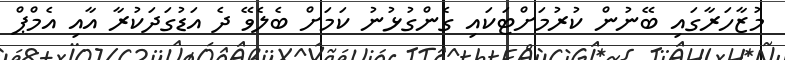
މުޒާހަރާގައި ބޭނުން ކުރުމަށްޓަކައި ގެންގުޅުނު ކަމަށް ބެލެވޭ ދެ އަޑުގަދަކުރާ އާއި އެމްޕް